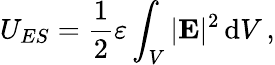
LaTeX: U_{ES}={\frac{1}{2}}\varepsilon\int_{V}|\mathbf{E}|^{2}\, \mathrm{d}V\, ,